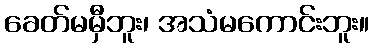
ခေတ်မမှီဘူး၊ အသံမကောင်းဘူး။